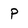
Character: p